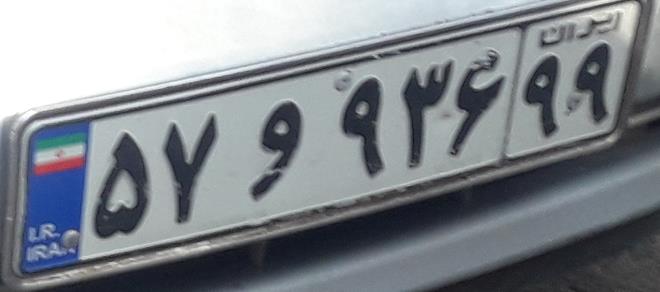
۵۷و۹۳۶۹۹